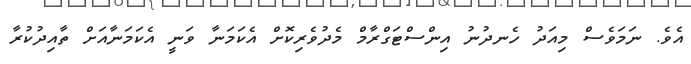
އެވެ. ނަމަވެސް މިއަދު ހެނދުނު އިންސްޓަގްރާމް މެދުވެރިކޮށް އެކަމަނާ ވަނީ އެކަމަނާއަށް ތާއިދުކުރާ